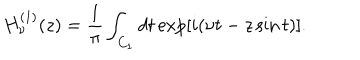
LaTeX: H _ { \nu } ^ { ( 1 ) } ( z ) = \frac { 1 } { \pi } \int _ { C _ { 1 } } d t \exp [ i ( \nu t - z \sin t ) ] .